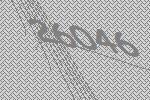
26046